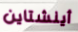
أينشتاين